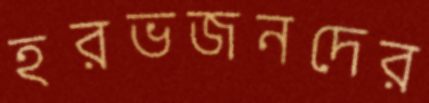
হরভজনদের